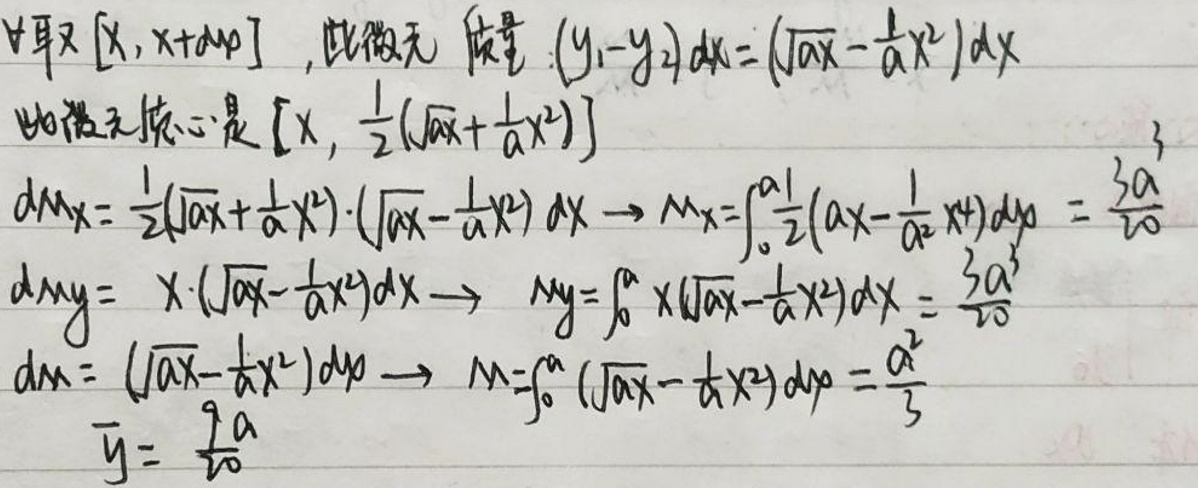
\( \forall x\in [x,x+\Delta x] \), 此微元惯性矩 \( (y - y_2)dx = (\sqrt{ax}-\frac{1}{a}x^2)dx \)

此微元惯性矩是 \( [x,\frac{1}{2}(\sqrt{ax}+\frac{1}{a}x^2)] \)

\( dM_x=\frac{1}{2}(\sqrt{ax}+\frac{1}{a}x^2)\cdot (\sqrt{ax}-\frac{1}{a}x^2)dx \rightarrow M_x=\int_{0}^{a}\frac{1}{2}(ax-\frac{1}{a^2}x^4)dy=\frac{3a^3}{20} \)

\( dM_y = x\cdot (\sqrt{ax}-\frac{1}{a}x^2)dx \rightarrow M_y=\int_{0}^{a}x(\sqrt{ax}-\frac{1}{a}x^2)dx=\frac{3a^3}{20} \)

\( dM = (\sqrt{ax}-\frac{1}{a}x^2)dy \rightarrow M=\int_{0}^{a}(\sqrt{ax}-\frac{1}{a}x^2)dy=\frac{a^2}{3} \)

\( \overline{y}=\frac{\frac{3a^3}{20}}{\frac{a^2}{3}}=\frac{9a}{20} \)